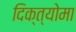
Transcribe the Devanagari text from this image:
दिक्त्योमा